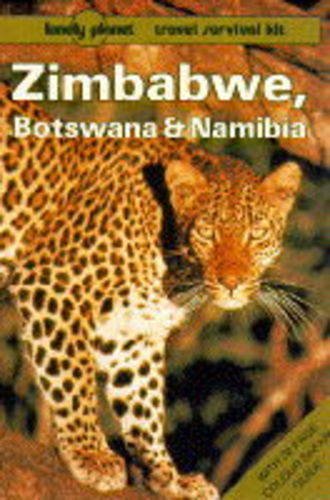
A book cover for Lonely Planet Zimbabwe, Botswana and Namibia (Lonely Planet Travel Survival Kit); Deanna Swaney; Travel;